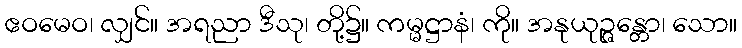
ဧဝမေဝ၊ လျှင်။ အရညာ ဒီသု၊ တို့၌။ ကမ္မဋ္ဌာနံ၊ ကို။ အနုယုဉ္ဇန္တော၊ သော။